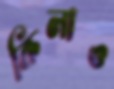
কিলাও